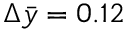
\Delta \bar { y } = 0 . 1 2